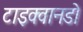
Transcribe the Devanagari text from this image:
टाइक्वानडो